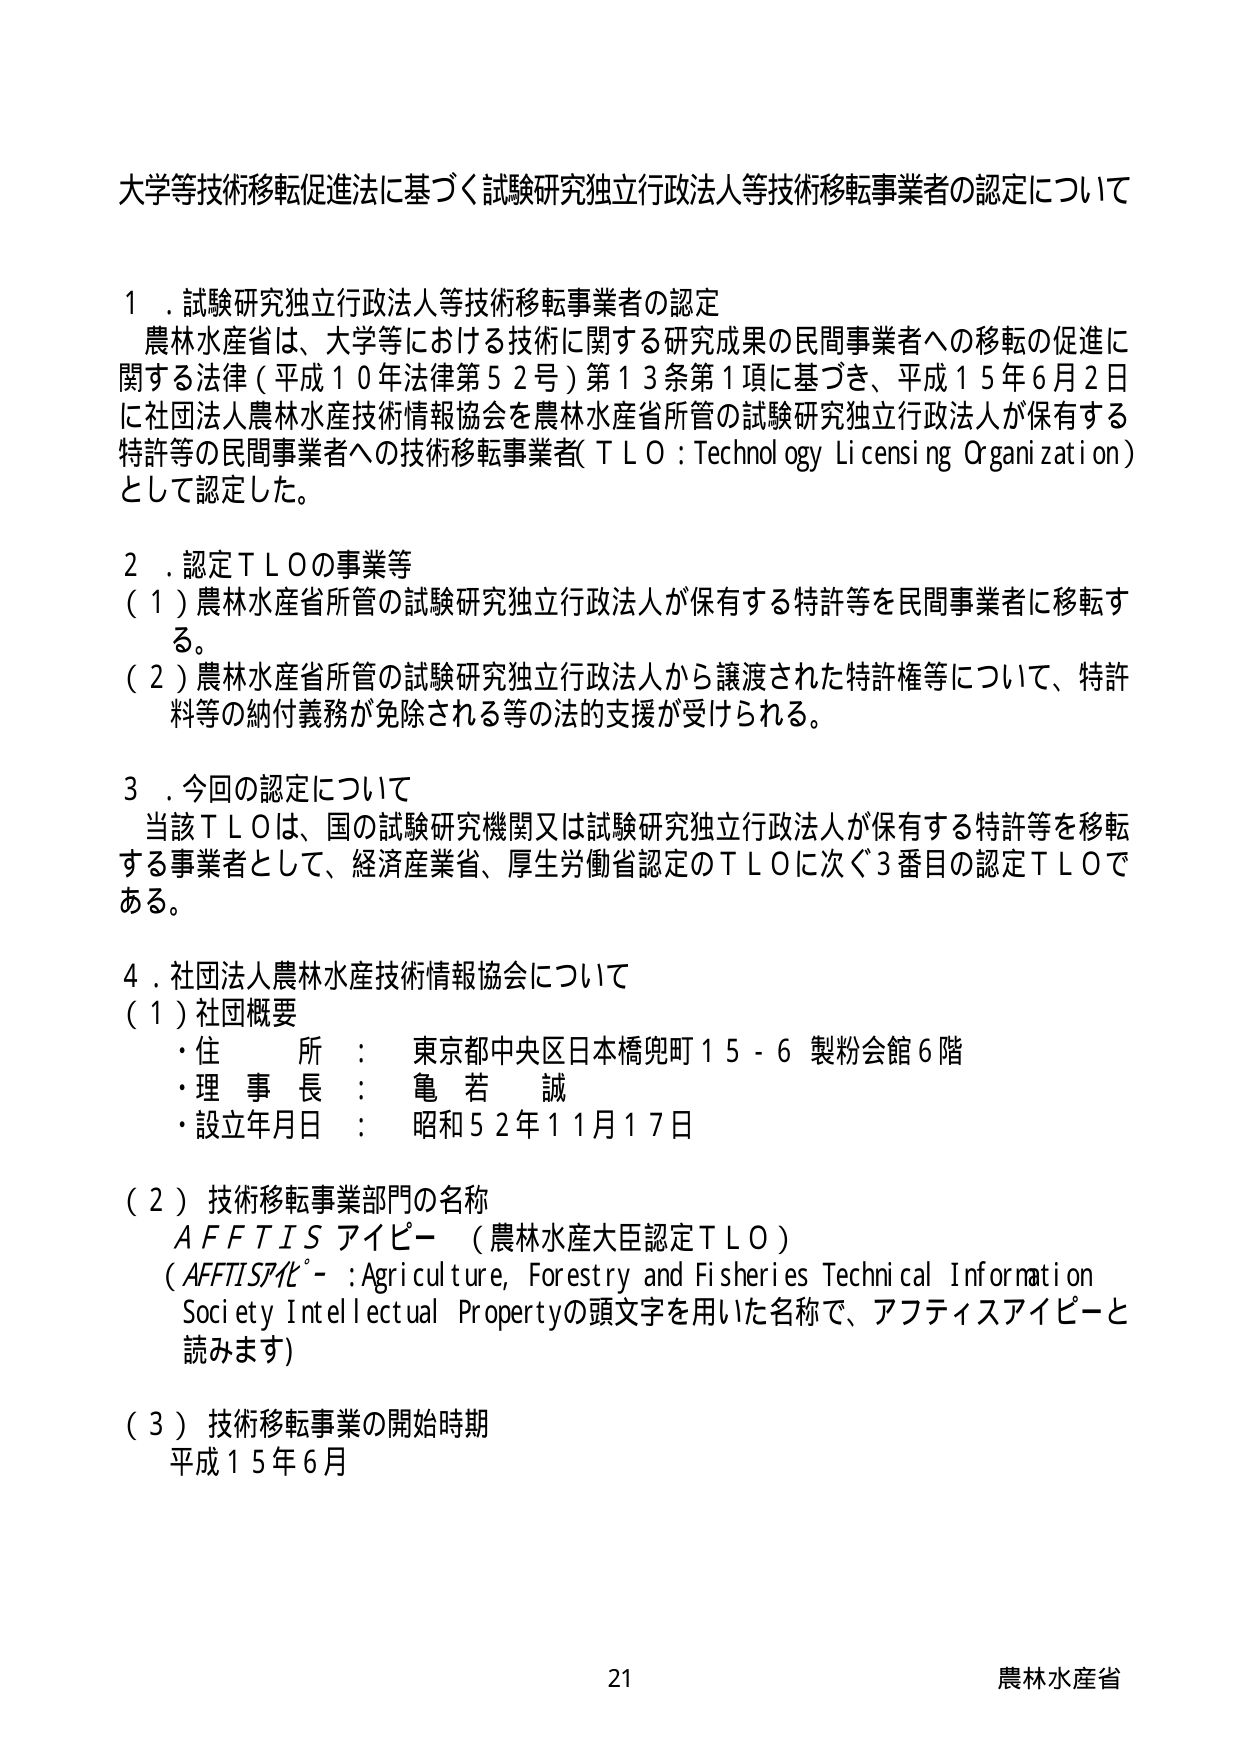
大学等技術移転促進法に基づく試験研究独立行政法人等技術移転事業者の認定について

１．試験研究独立行政法人等技術移転事業者の認定
農林水産省は、大学等における技術に関する研究成果の民間事業者への移転の促進に関する法律（平成１０年法律第５２号）第１３条第１項に基づき、平成１５年６月２日に社団法人農林水産技術情報協会を農林水産省所管の試験研究独立行政法人が保有する特許等の民間事業者への技術移転事業者（ＴＬＯ：Technology Licensing Organization）として認定した。

２．認定ＴＬＯの事業等
（１）農林水産省所管の試験研究独立行政法人が保有する特許等を民間事業者に移転する。
（２）農林水産省所管の試験研究独立行政法人から譲渡された特許権等について、特許料等の納付義務が免除される等の法的支援が受けられる。

３．今回の認定について
当該ＴＬＯは、国の試験研究機関又は試験研究独立行政法人が保有する特許等を移転する事業者として、経済産業省、厚生労働省認定のＴＬＯに次ぐ３番目の認定ＴＬＯである。

４．社団法人農林水産技術情報協会について
（１）社団概要
・住所：東京都中央区日本橋兜町１５－６ 製粉会館６階
・理事長：亀若誠
・設立年月日：昭和５２年１１月１７日

（２）技術移転事業部門の名称
ＡＦＦＴＩＳ アイピー（農林水産大臣認定ＴＬＯ）
（ＡＦＦＴＩＳアイピー：Agriculture, Forestry and Fisheries Technical Information Society Intellectual Propertyの頭文字を用いた名称で、アフティスアイピーと読みます）

（３）技術移転事業の開始時期
平成１５年６月

21 農林水産省